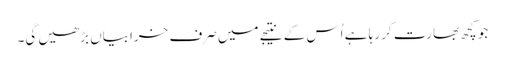
جو کچھ بھارت کر رہا ہے اُس کے نتیجے میں صرف خرابیاں بڑھیں گی۔